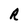
Character: R